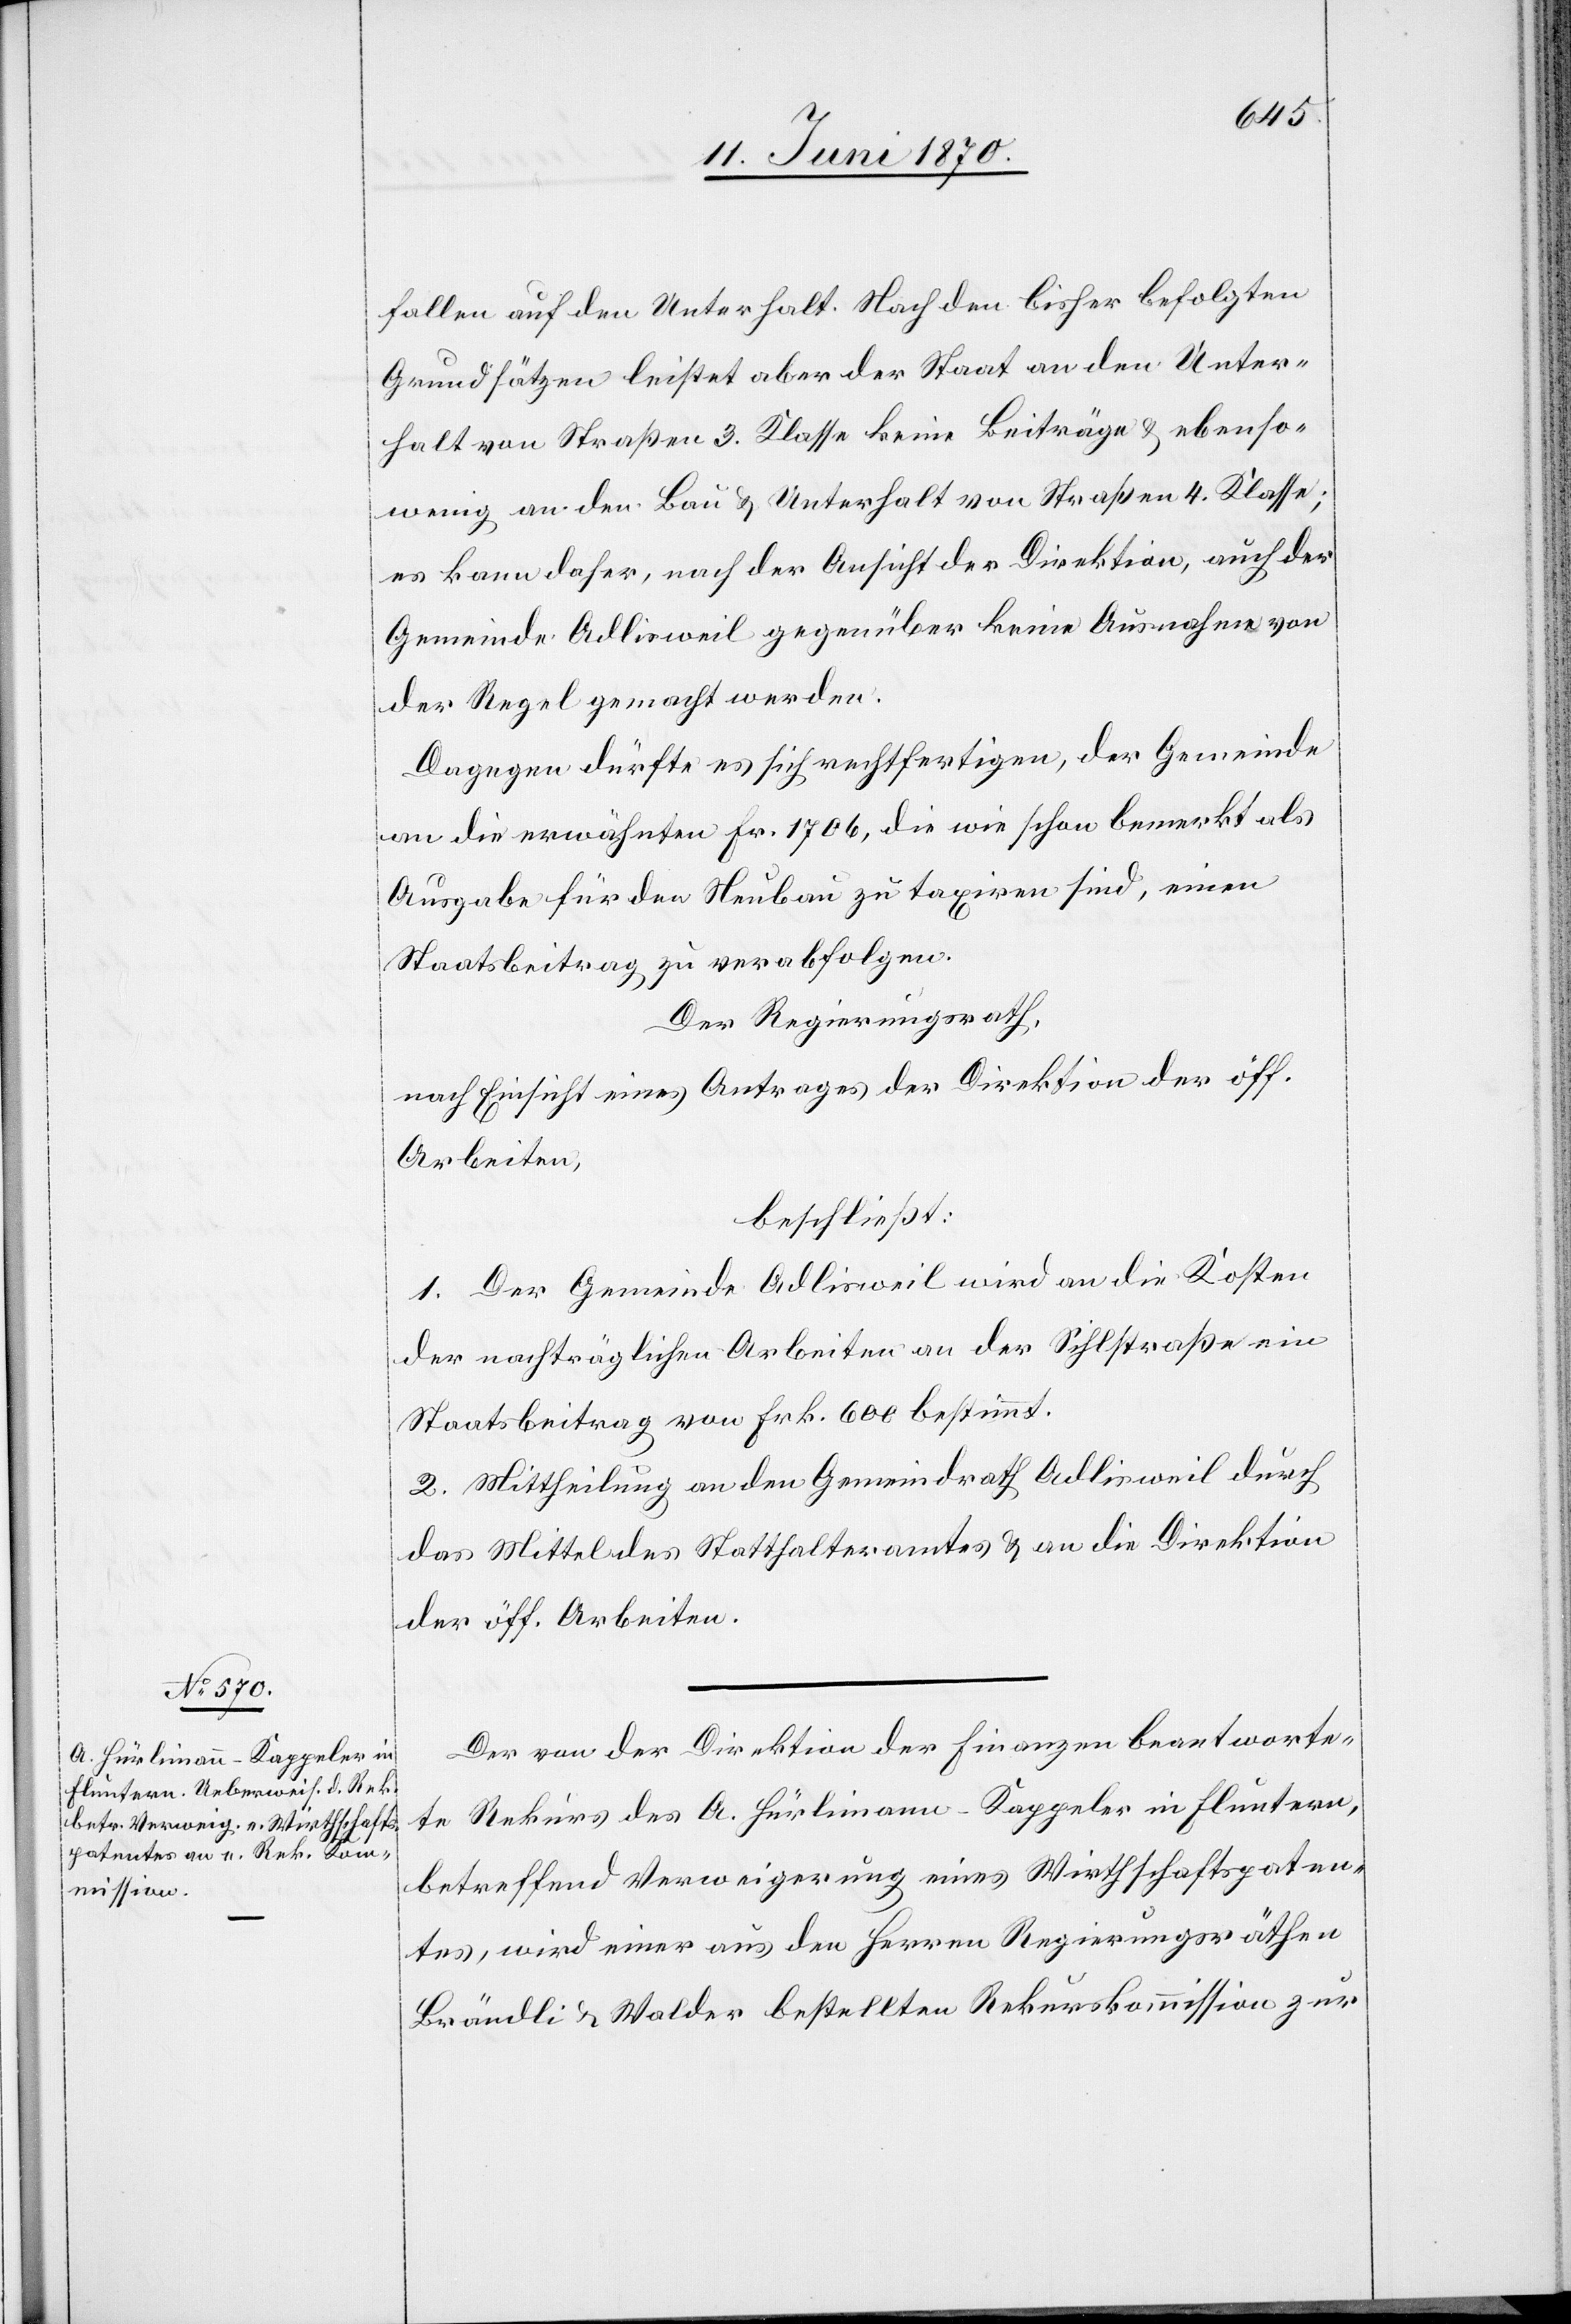
fallen auf den Unterhalt. Nach den bisher befolgten
Grundsätzen leistet aber der Staat an den Unter¬
halt von Straßen 3. Klassen keine Beiträge & ebenso¬
wenig an den Bau & Unterhalt von Straßen 4. Klasse;
es kann daher, nach der Ansicht der Direktion, auch der
Gemeinde Adlisweil gegenüber keine Ausnahme von
der Regel gemacht werde.
Dagegen dürfte es sich rechtfertigen, der Gemeinde
an die erwähnten Fr. 1706, die wie schon bemerkt als
Ausgabe für den Neubau zu taxiren sind, einen
Staatsbeitrag zu verabfolgen.
Der Regierungsrath,
nach Einsicht eines Antrages der Direktion der öff.
Arbeiten,
beschließt:
1. Der Gemeinde Adlisweil wird an die Kosten
der nachträglichen Arbeiten an der Sihlstraße ein
Staatsbeitrag von Frk. 600 bestimmt.
2. Mittheilung an den Gemeindrath Adlisweil durch
das Mittel des Statthalteramtes & an die Direktion
der öff. Arbeiten.
Der von der Direktion der Finanzen beantworte¬
te Rekurs des A. Hürlimann-Kappeler in Fluntern,
betreffend Verweigerung eines Wirthschaftspaten¬
tes, wird einer aus den Herren Regierungsräthen
Brändli & Walder bestellten Rekurskommission zur